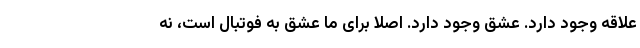
علاقه وجود دارد. عشق وجود دارد. اصلا برای ما عشق به فوتبال است، نه